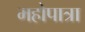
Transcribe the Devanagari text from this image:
महोपात्रा